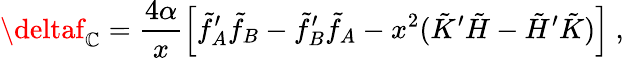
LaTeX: \deltaf_{\mathbb{C}}=\frac{{4\alpha}}{{x}}\Bigl[\tilde{{f}}_{A}^{\prime}\tilde{{f}}_{B}-\tilde{{f}}_{B}^{\prime}\tilde{{f}}_{A}-x^{2}(\tilde{{K}}^{\prime}\tilde{{H}}-\tilde{{H}}^{\prime}\tilde{{K}})\Bigr]\ ,